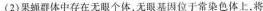
(2)果蝇群体中存在无眼个体，无眼基因位于常染色体上，将